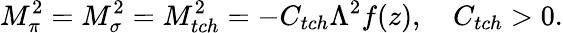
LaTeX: M_{\pi}^{2}=M_{\sigma}^{2}=M_{tch}^{2}=-C_{tch}\Lambda^{2}f(z),\quad C_{tch}>0.